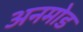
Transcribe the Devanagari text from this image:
अनमोड